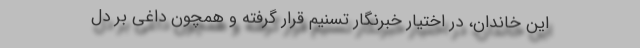
این خاندان، در اختیار خبرنگار تسنیم قرار گرفته و همچون داغی بر دل